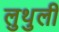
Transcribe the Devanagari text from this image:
लुथुली